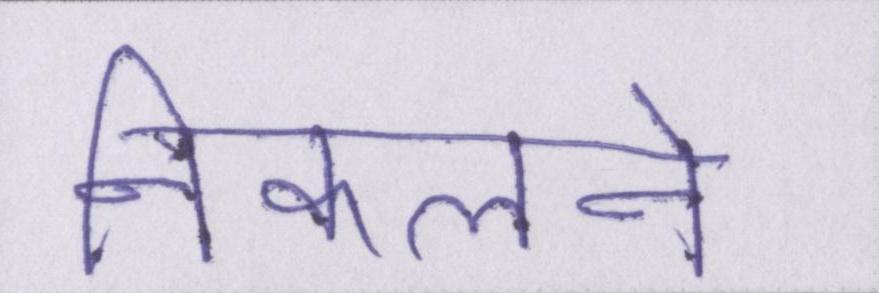
निकलने